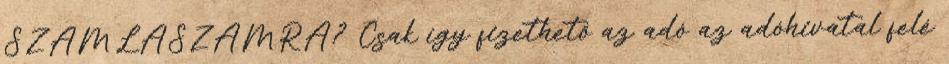
SZÁMLASZÁMRA? Csak így fizethető az adó az adóhivatal felé